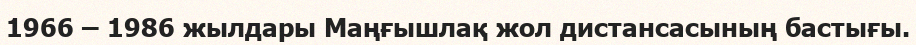
1966 – 1986 жылдары Маңғышлақ жол дистансасының бастығы.